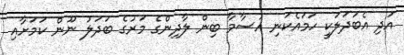
އަދި އެބަދަލަކީ ހަމައެކަނި އުސާމާ ބިން ލާދިންގެ މަރުގެ ބަދަލު ނޫން ކަމަށާއި